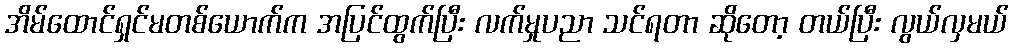
အိမ်ထောင်ရှင်မတစ်ယောက်က အပြင်ထွက်ပြီး လက်မှုပညာ သင်ရတာ ဆိုတော့ တယ်ပြီး လွယ်လှမယ်